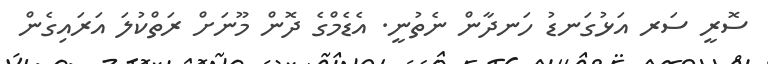
ސޮރީ ސަރ އަޅުގަނޑު ހަނދާން ނެތުނީ. އެޑެމްގެ ދޮން މޫނަށް ރަތްކުލަ އަރައިގެން